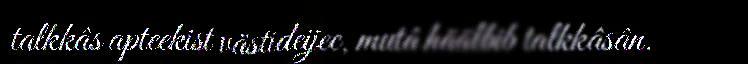
talkkâs apteekist västideijee, mutâ häälbib talkkâsân.